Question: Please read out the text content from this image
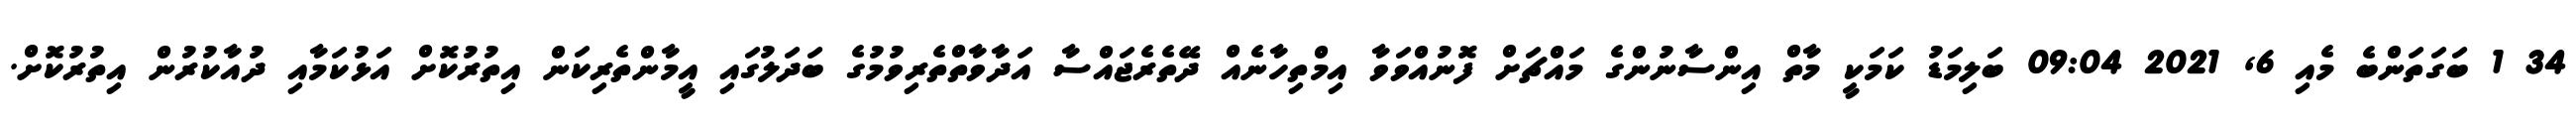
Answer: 34 1 ބަގަތަންބެ މެއި 6, 2021 09:04 ބަލިމަޑު ކަމަކީ މާތް އިންސާނުންގެ މައްޗަށް ފޮނުއްވަވާ އިމްތިހާނެއް ދޭތެރެޖައްސާ އަދާވާތްތެރިވުމުގެ ބަދަލުގައި އީމާންތެރިކަން އިތުރުކޮށް އަޅުކަމާއި ދުއާކުރުން އިތުރުކޮށް.